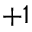
+ 1